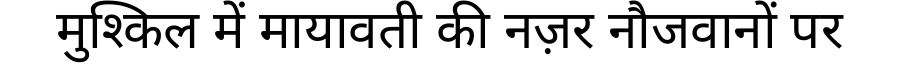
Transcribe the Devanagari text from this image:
मुश्किल में मायावती की नज़र नौजवानों पर